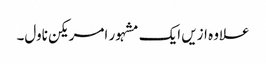
علاوہ ازیں ایک مشہور امریکن ناول۔